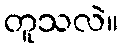
တူသလဲ။